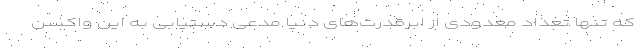
که تنها تعداد معدودی از ابرقدرت‌های دنیا مدعی دستیابی به این واکسن